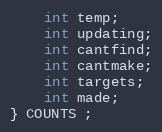
Language: C
    int temp;
    int updating;
    int cantfind;
    int cantmake;
    int targets;
    int made;
} COUNTS ;